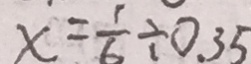
x = \frac { 1 } { 6 } \div 0 . 3 5